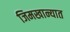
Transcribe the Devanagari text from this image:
जिमखान्यात